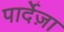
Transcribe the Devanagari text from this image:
पार्देज़ा